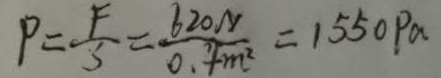
P = \frac { F } { S } = \frac { 6 2 0 N } { 0 . + m ^ { 2 } } = 1 5 5 0 P a